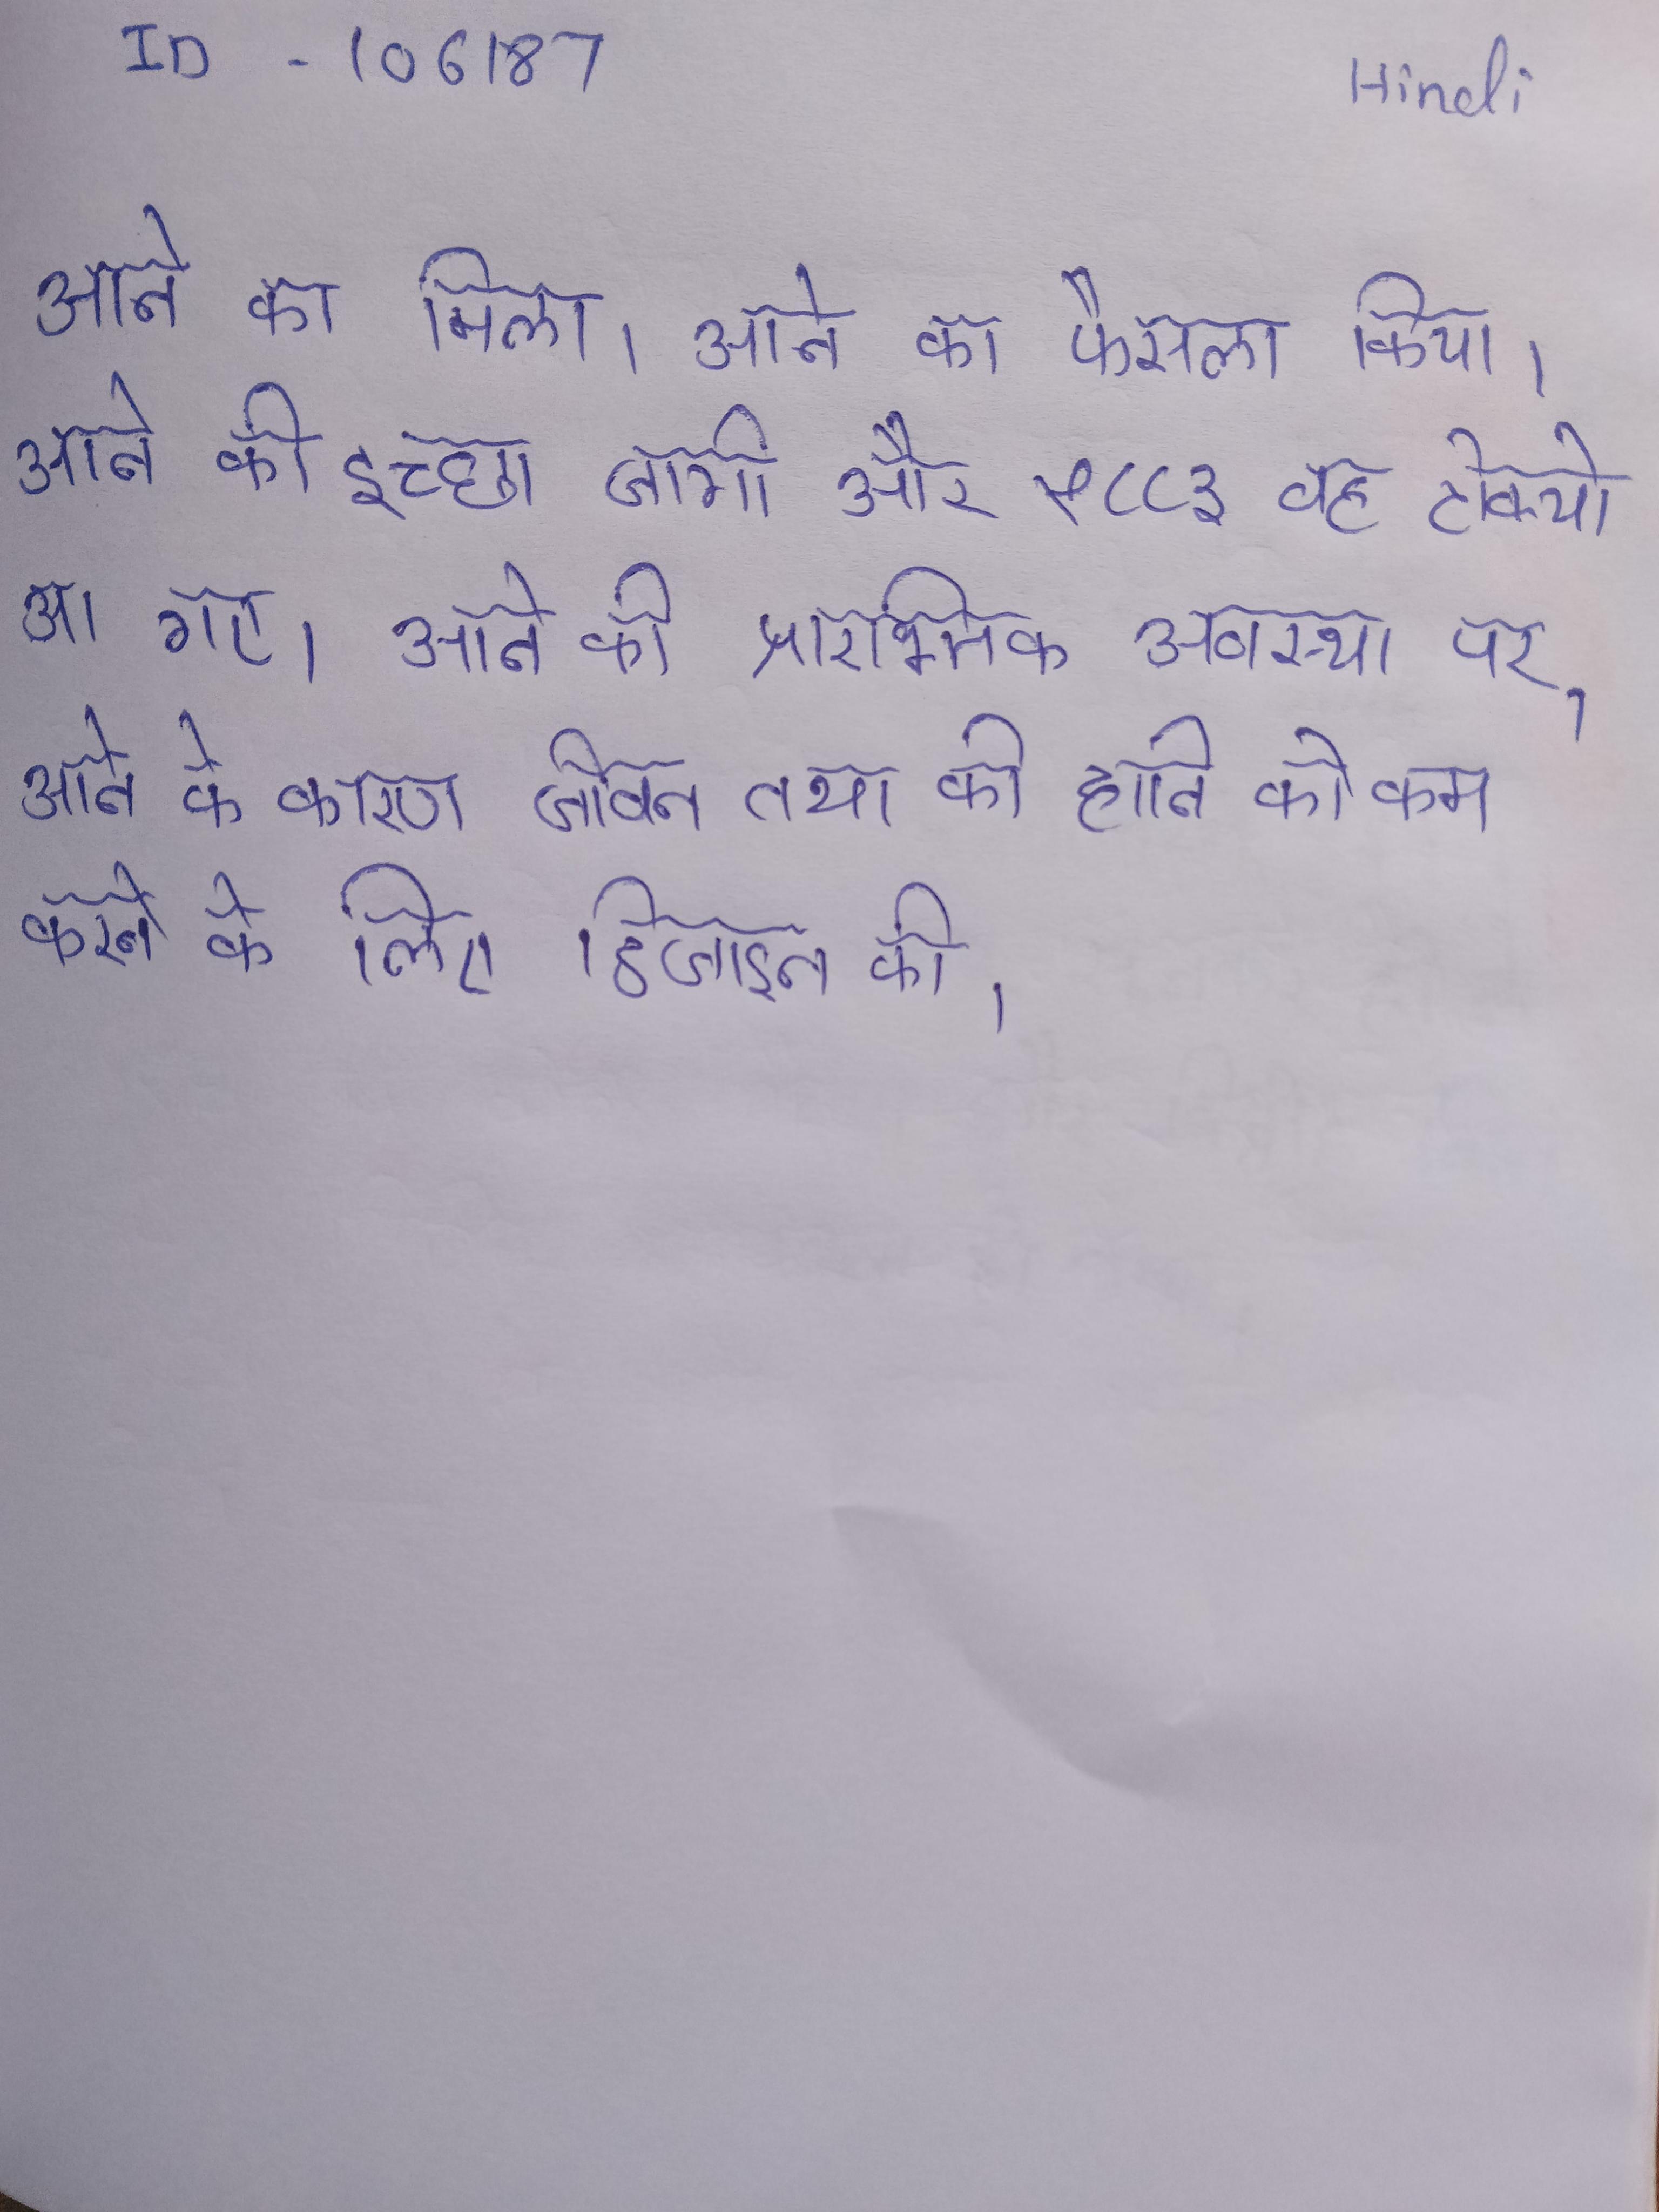
आने का मिला । आने का फैसला किया । आने की इच्छा जगी और १८८३ वह टोक्यो आ गए । आने की प्रारम्भिक अवस्था पर । आने के कारण जीवन तथा की हानि को कम करने के लिये डिजाइन की ।